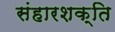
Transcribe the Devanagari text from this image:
संहारशक्ति